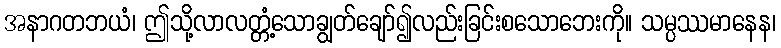
အနာဂတဘယံ၊ ဤသို့လာလတ္တံ့သောချွတ်ချော်၍လည်းခြင်းစသောဘေးကို။ သမ္ပဿမာနေန၊